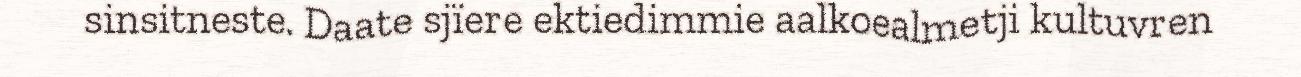
sinsitneste. Daate sjïere ektiedimmie aalkoealmetji kultuvren